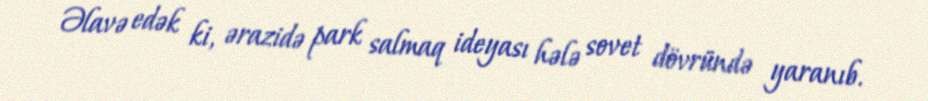
Əlavə edək ki, ərazidə park salmaq ideyası hələ sovet dövründə yaranıb.